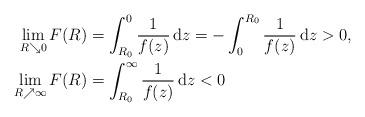
LaTeX: \begin{align*}\lim_{R \searrow 0} F(R) &= \int_{R_0}^0 \frac{1}{f(z)} \, \mathrm{d}z = - \int_0^{R_0} \frac{1}{f(z)} \, \mathrm{d}z > 0, \\\lim_{R \nearrow \infty} F(R) &= \int_{R_0}^{\infty} \frac{1}{f(z)} \, \mathrm{d}z < 0 \end{align*}